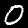
Digit: 0